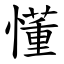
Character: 懂